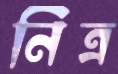
নিত্র